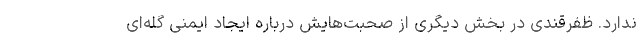
ندارد. ظفرقندی در بخش دیگری از صحبت‌هایش درباره ایجاد ایمنی گله‌ای